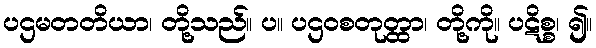
ပဌမတတိယာ၊ တို့သည်။ ပ။ ပဌဝစတုတ္ထာ၊ တို့ကို။ ပဋိစ္စ၊ ၍။